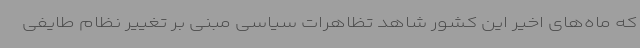
که ماه‌های اخیر این کشور شاهد تظاهرات سیاسی مبنی بر تغییر نظام طایفی